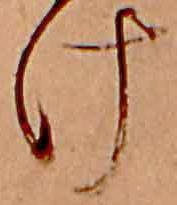
け